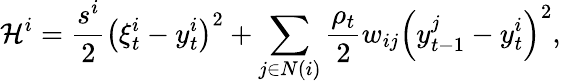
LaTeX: \mathcal{H}^{i}=\frac{s^{i}}{2}\left(\xi_{t}^{i}-y_{t}^{i}\right)^{2}+\sum_{j\in N(i)}\frac{\rho_{t}}{2}w_{ij}\left(y_{t-1}^{j}-y_{t}^{i}\right)^{2},